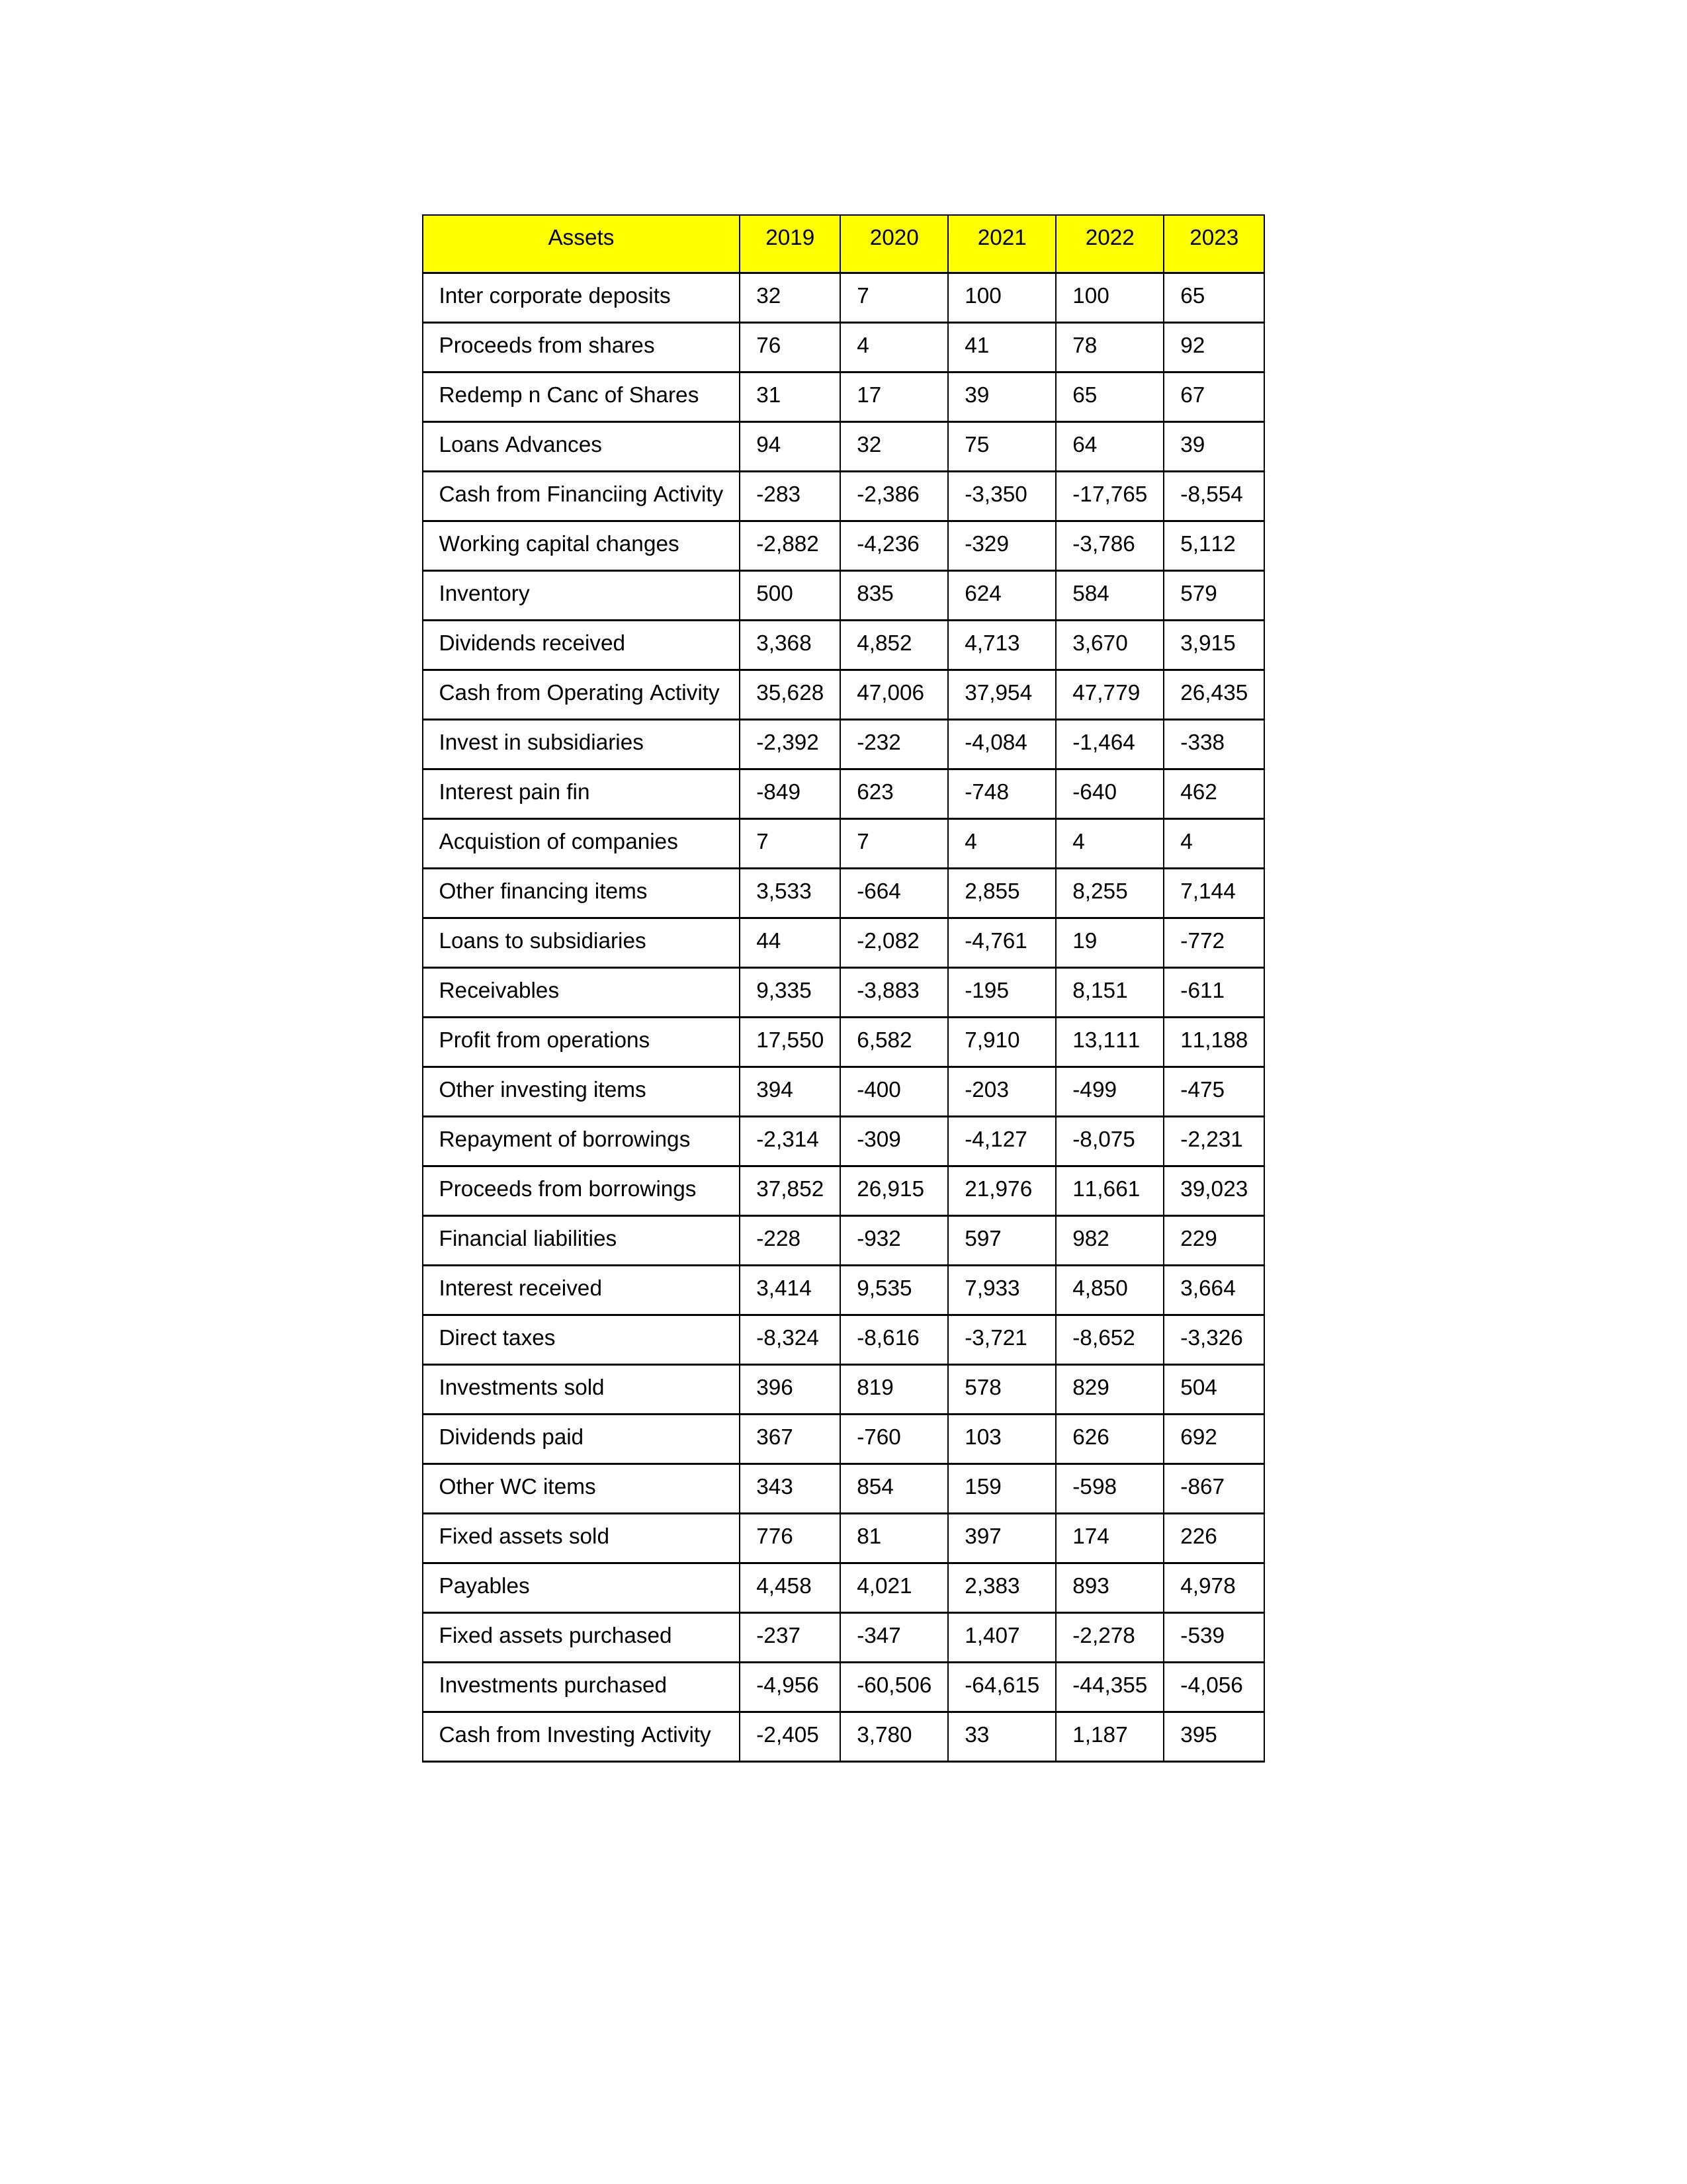
gt_parse: 2019: Cash from Operating Activity: 35,628
Profit from operations: 17,550
Receivables: 9,335
Inventory: 500
Payables: 4,458
Loans Advances: 94
Other WC items: 343
Working capital changes: -2,882
Direct taxes: -8,324
Cash from Investing Activity: -2,405
Fixed assets purchased: -237
Fixed assets sold: 776
Investments purchased: -4,956
Investments sold: 396
Interest received: 3,414
Dividends received: 3,368
Invest in subsidiaries: -2,392
Loans to subsidiaries: 44
Redemp n Canc of Shares: 31
Acquistion of companies: 7
Inter corporate deposits: 32
Other investing items: 394
Cash from Financiing Activity: -283
Proceeds from shares: 76
Proceeds from borrowings: 37,852
Repayment of borrowings: -2,314
Interest pain fin: -849
Dividends paid: 367
Financial liabilities: -228
Other financing items: 3,533
2020: Cash from Operating Activity: 47,006
Profit from operations: 6,582
Receivables: -3,883
Inventory: 835
Payables: 4,021
Loans Advances: 32
Other WC items: 854
Working capital changes: -4,236
Direct taxes: -8,616
Cash from Investing Activity: 3,780
Fixed assets purchased: -347
Fixed assets sold: 81
Investments purchased: -60,506
Investments sold: 819
Interest received: 9,535
Dividends received: 4,852
Invest in subsidiaries: -232
Loans to subsidiaries: -2,082
Redemp n Canc of Shares: 17
Acquistion of companies: 7
Inter corporate deposits: 7
Other investing items: -400
Cash from Financiing Activity: -2,386
Proceeds from shares: 4
Proceeds from borrowings: 26,915
Repayment of borrowings: -309
Interest pain fin: 623
Dividends paid: -760
Financial liabilities: -932
Other financing items: -664
2021: Cash from Operating Activity: 37,954
Profit from operations: 7,910
Receivables: -195
Inventory: 624
Payables: 2,383
Loans Advances: 75
Other WC items: 159
Working capital changes: -329
Direct taxes: -3,721
Cash from Investing Activity: 33
Fixed assets purchased: 1,407
Fixed assets sold: 397
Investments purchased: -64,615
Investments sold: 578
Interest received: 7,933
Dividends received: 4,713
Invest in subsidiaries: -4,084
Loans to subsidiaries: -4,761
Redemp n Canc of Shares: 39
Acquistion of companies: 4
Inter corporate deposits: 100
Other investing items: -203
Cash from Financiing Activity: -3,350
Proceeds from shares: 41
Proceeds from borrowings: 21,976
Repayment of borrowings: -4,127
Interest pain fin: -748
Dividends paid: 103
Financial liabilities: 597
Other financing items: 2,855
2022: Cash from Operating Activity: 47,779
Profit from operations: 13,111
Receivables: 8,151
Inventory: 584
Payables: 893
Loans Advances: 64
Other WC items: -598
Working capital changes: -3,786
Direct taxes: -8,652
Cash from Investing Activity: 1,187
Fixed assets purchased: -2,278
Fixed assets sold: 174
Investments purchased: -44,355
Investments sold: 829
Interest received: 4,850
Dividends received: 3,670
Invest in subsidiaries: -1,464
Loans to subsidiaries: 19
Redemp n Canc of Shares: 65
Acquistion of companies: 4
Inter corporate deposits: 100
Other investing items: -499
Cash from Financiing Activity: -17,765
Proceeds from shares: 78
Proceeds from borrowings: 11,661
Repayment of borrowings: -8,075
Interest pain fin: -640
Dividends paid: 626
Financial liabilities: 982
Other financing items: 8,255
2023: Cash from Operating Activity: 26,435
Profit from operations: 11,188
Receivables: -611
Inventory: 579
Payables: 4,978
Loans Advances: 39
Other WC items: -867
Working capital changes: 5,112
Direct taxes: -3,326
Cash from Investing Activity: 395
Fixed assets purchased: -539
Fixed assets sold: 226
Investments purchased: -4,056
Investments sold: 504
Interest received: 3,664
Dividends received: 3,915
Invest in subsidiaries: -338
Loans to subsidiaries: -772
Redemp n Canc of Shares: 67
Acquistion of companies: 4
Inter corporate deposits: 65
Other investing items: -475
Cash from Financiing Activity: -8,554
Proceeds from shares: 92
Proceeds from borrowings: 39,023
Repayment of borrowings: -2,231
Interest pain fin: 462
Dividends paid: 692
Financial liabilities: 229
Other financing items: 7,144